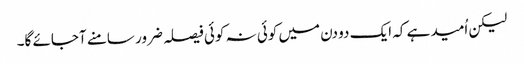
لیکن اُمید ہے کہ ایک دو دن میں کوئی نہ کوئی فیصلہ ضرور سامنے آجائے گا۔